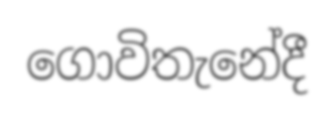
ගොවිතැනේදී